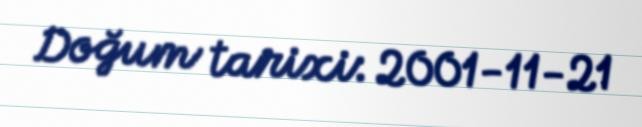
Doğum tarixi: 2001-11-21